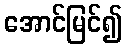
အောင်မြင်၍